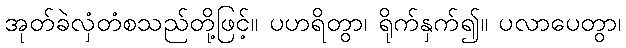
အုတ်ခဲလှံတံစသည်တို့ဖြင့်။ ပဟရိတွာ၊ ရိုက်နှက်၍။ ပလာပေတွာ၊